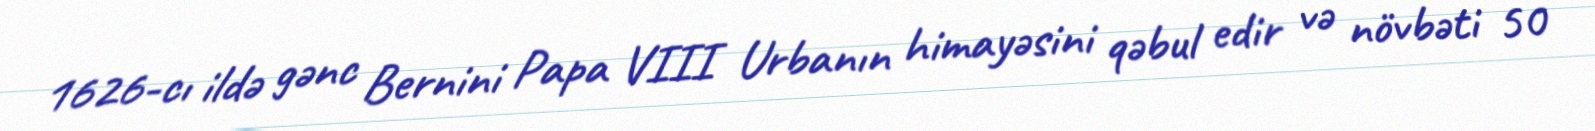
1626-cı ildə gənc Bernini Papa VIII Urbanın himayəsini qəbul edir və növbəti 50